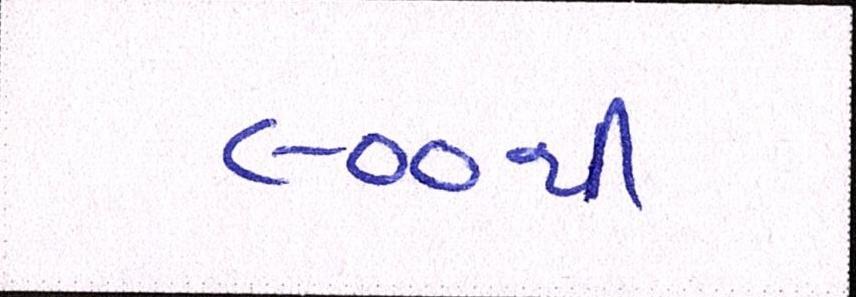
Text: ૯૦૦થી